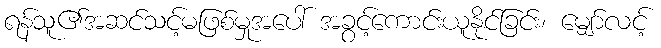
ရန်သူ၏အဆင်သင့်မဖြစ်မှုအပေါ် အခွင့်ကောင်းယူနိုင်ခြင်း၊ မျှော်လင့်